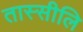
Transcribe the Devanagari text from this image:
तास्सीलि